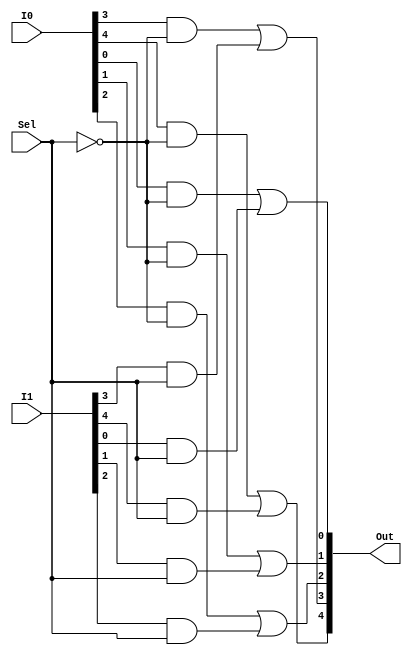
`timescale 1ns/1ns

module Mux2to1_5bit(I0, I1, Sel, Out);

input [4:0] I0, I1;
input Sel;
output [4:0] Out;

wire SelBar;
wire [4:0] OutI0, OutI1;

not SELBAR(SelBar, Sel);

genvar i;
generate
	for(i = 0; i < 5; i = i + 1) begin
		and OUTI0(OutI0[i], I0[i], SelBar);
		and OUTI1(OutI1[i], I1[i], Sel);
		or #5 OUT0(Out[i], OutI0[i], OutI1[i]);
	end
endgenerate

endmodule